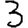
Digit: 3